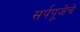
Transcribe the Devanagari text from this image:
सर्पपूजेचे